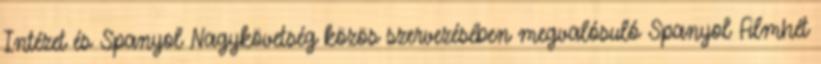
Intézet és Spanyol Nagykövetség közös szervezésében megvalósuló Spanyol Filmhét